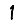
Digit: 1